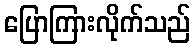
ပြောကြားလိုက်သည်